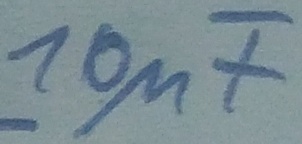
Text: 10µF